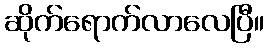
ဆိုက်ရောက်လာလေပြီ။